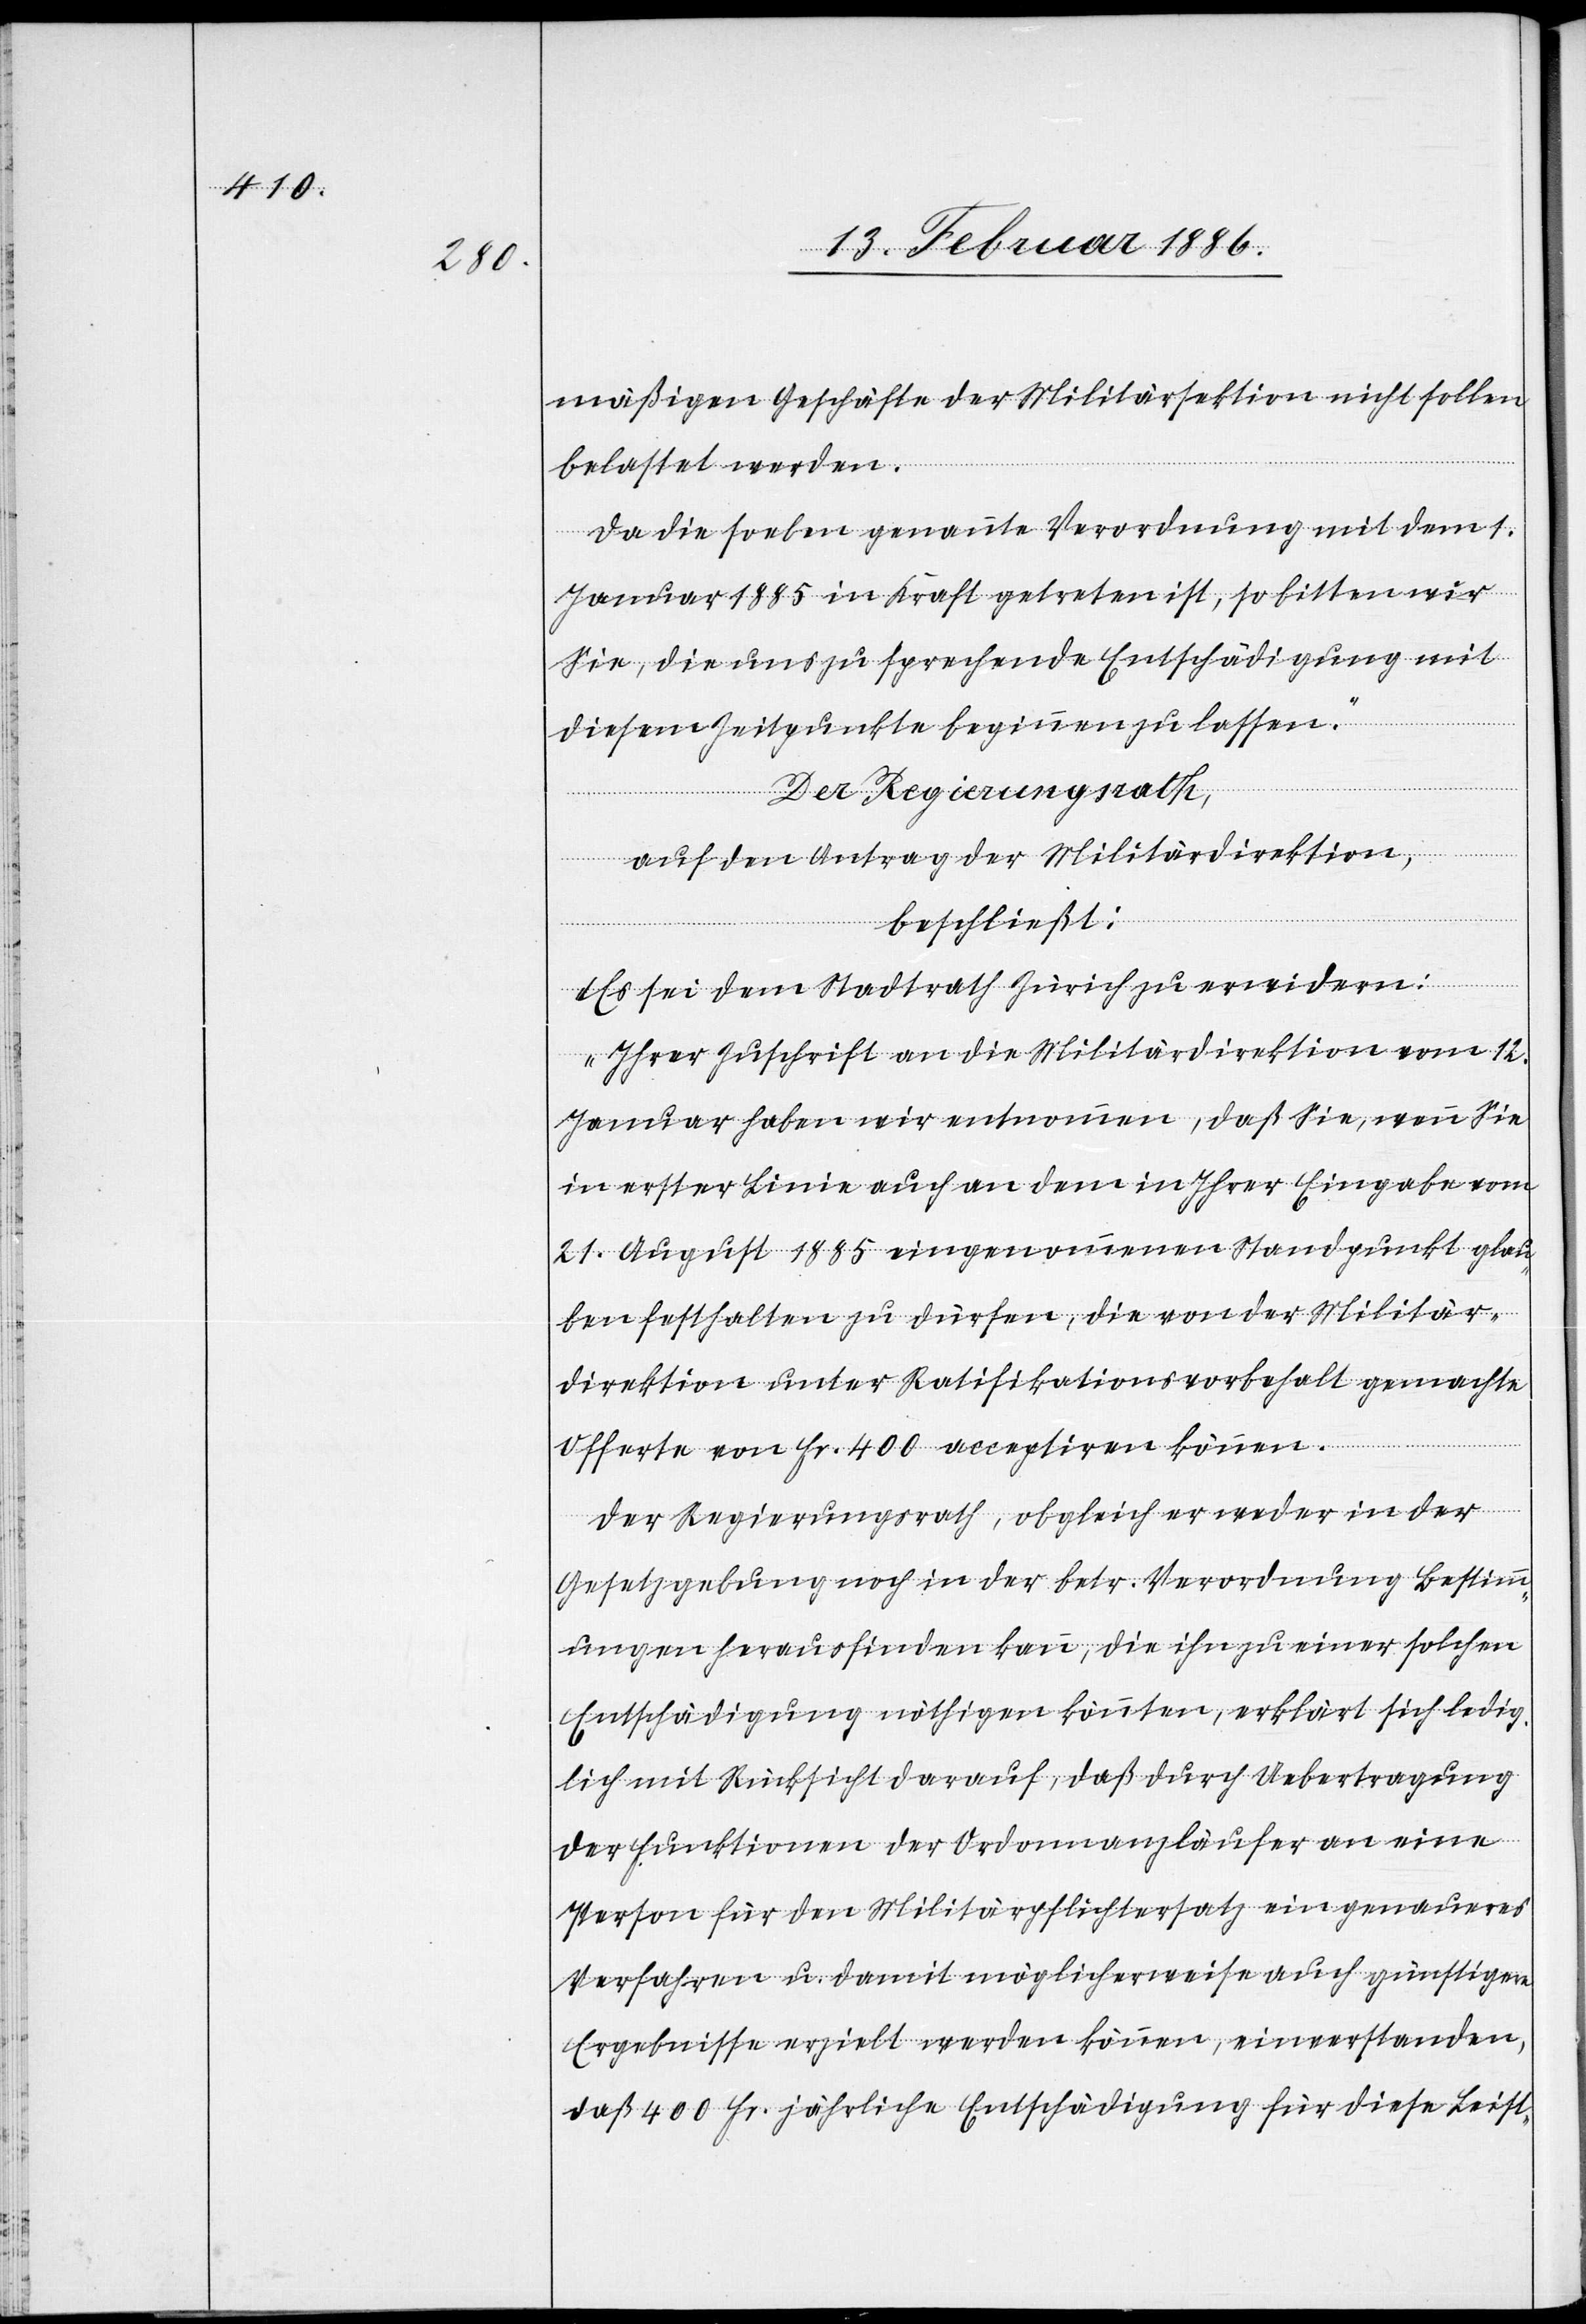
mäßigen Geschäfte der Militärsektion nicht sollen
belastet werden.
Da die soeben genannte Verordnung mit dem 1.
Januar 1885 in Kraft getreten ist, so bitten wir
Sie, die uns zusprechende Entschädigung mit
diesem Zeitpunkte beginnen zu lassen.“
Der Regierungsrath,
auf den Antrag der Militärdirektion,
beschließt:
Es sei dem Stadtrath Zürich zu erwidern:
„Ihrer Zuschrift an die Militärdirektion vom 12.
Januar haben wir entnommen, daß sie, wenn Sie
in erster Linie auch an dem in Ihrer Eingabe vom
21. August 1885 eingenommenen Standpunkte glau¬
ben festhalten zu dürfen, die von der Militär¬
direktion unter Ratifikationsvorbehalt gemachte
Offerte von Fr. 400 acceptiren können.
Der Regierungsrath, obgleich er weder in der
Gesetzgebung noch in der betr. Verordnung Bestimm¬
ungen herausfinden kann, die ihn zu einer solchen
Entschädigung nöthigen könnten, erklärt sich ledig¬
lich mit Rücksicht darauf, daß durch Uebertragung
der Funktionen der Ordonnanzläufer an eine
Person für den Militärpflichtersatz auch günstigere
Ergebnisse erzielt werden können, einverstanden,
daß 400 Fr. jährliche Entschädigung für diese Leist-